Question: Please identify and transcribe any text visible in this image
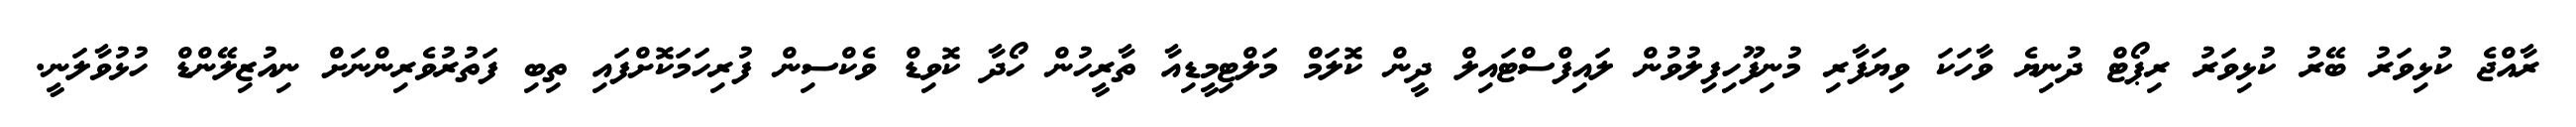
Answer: ރާއްޖެ ކުޅިވަރު ބޭރު ކުޅިވަރު ރިޕޯޓް ދުނިޔެ ވާހަކަ ވިޔަފާރި މުނިފޫހިފިލުވުން ލައިފްސްޓައިލް ދީން ކޮލަމް މަލްޓިމީޑިއާ ތާރީހުން ހޯދާ ކޮވިޑް ވެކްސިން ފުރިހަމަކޮށްފައި ތިބި ފަތުރުވެރިންނަށް ނިއުޒިލޭންޑް ހުޅުވާލަނީ.